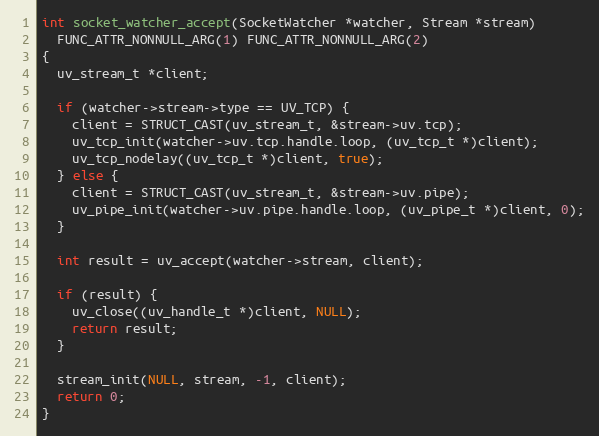
Language: C
int socket_watcher_accept(SocketWatcher *watcher, Stream *stream)
  FUNC_ATTR_NONNULL_ARG(1) FUNC_ATTR_NONNULL_ARG(2)
{
  uv_stream_t *client;

  if (watcher->stream->type == UV_TCP) {
    client = STRUCT_CAST(uv_stream_t, &stream->uv.tcp);
    uv_tcp_init(watcher->uv.tcp.handle.loop, (uv_tcp_t *)client);
    uv_tcp_nodelay((uv_tcp_t *)client, true);
  } else {
    client = STRUCT_CAST(uv_stream_t, &stream->uv.pipe);
    uv_pipe_init(watcher->uv.pipe.handle.loop, (uv_pipe_t *)client, 0);
  }

  int result = uv_accept(watcher->stream, client);

  if (result) {
    uv_close((uv_handle_t *)client, NULL);
    return result;
  }

  stream_init(NULL, stream, -1, client);
  return 0;
}